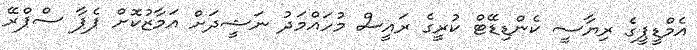
އެމްޑީޕީގެ ރިޔާސީ ކެންޑިޑޭޓް ކުރީގެ ރައީސް މުހައްމަދު ނަޝީދަށް އަމާޒުކޮށް ޕެޕާ ސްޕްރޭ